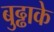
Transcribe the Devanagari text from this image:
बुढ्ढाके